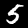
Digit: 5